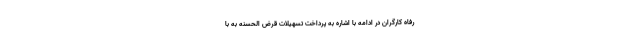
رفاه کارگران در ادامه با اشاره به پرداخت تسهیلات قرض الحسنه به با